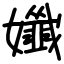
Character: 孅